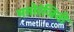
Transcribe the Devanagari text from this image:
मनोरंजिनी